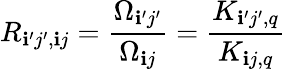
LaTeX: R_{\mathbf{i}^{\prime}j^{\prime},\mathbf{i}j}=\frac{{\Omega_{\mathbf{i}^{\prime}j^{\prime}}}}{{\Omega_{\mathbf{i}j}}}=\frac{{K_{\mathbf{i}^{\prime}j^{\prime},q}}}{{K_{\mathbf{i}j,q}}}